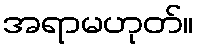
အရာမဟုတ်။